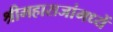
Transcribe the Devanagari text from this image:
श्रीमहाराजांमध्यें